Annual statistical returns and brief notes on vaccination in Bengal - 1909-1929
Year: 1909
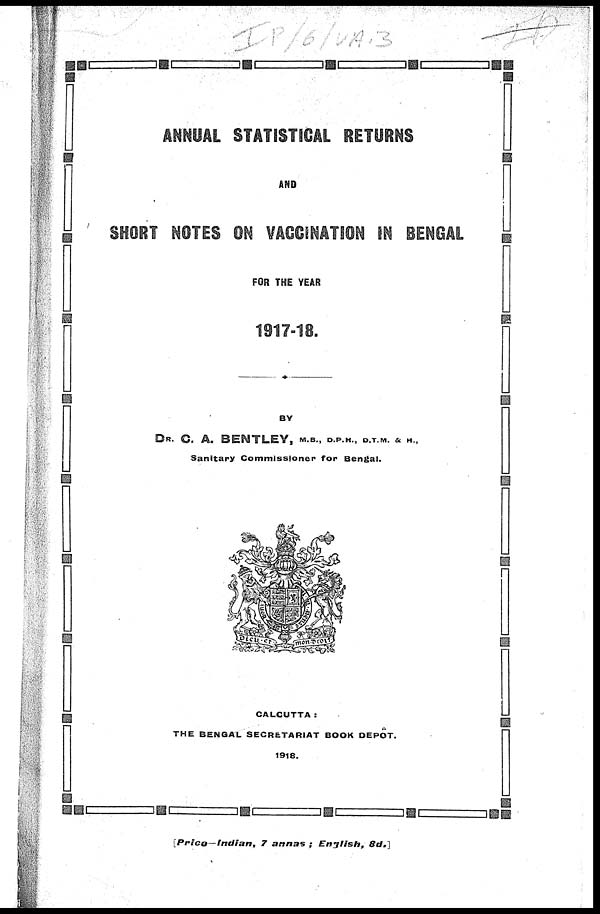
ANNUAL STATISTICAL RETURNS
AND
SHORT NOTES ON VACCINATION IN BENGAL
FOR THE YEAR
1917-18.
BY
DR. C. A. BENTLEY, M.B., D.P.H., D.T.M. & H.,
Sanitary Commissioner for Bengal.
CALCUTTA:
THE BENGAL SECRETARIAT BOOK DEPÔT.
1918.
[Price—Indian,
7 annas ; English,
8d.]